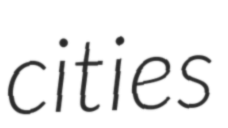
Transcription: cities